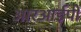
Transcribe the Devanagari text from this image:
आरआईपी